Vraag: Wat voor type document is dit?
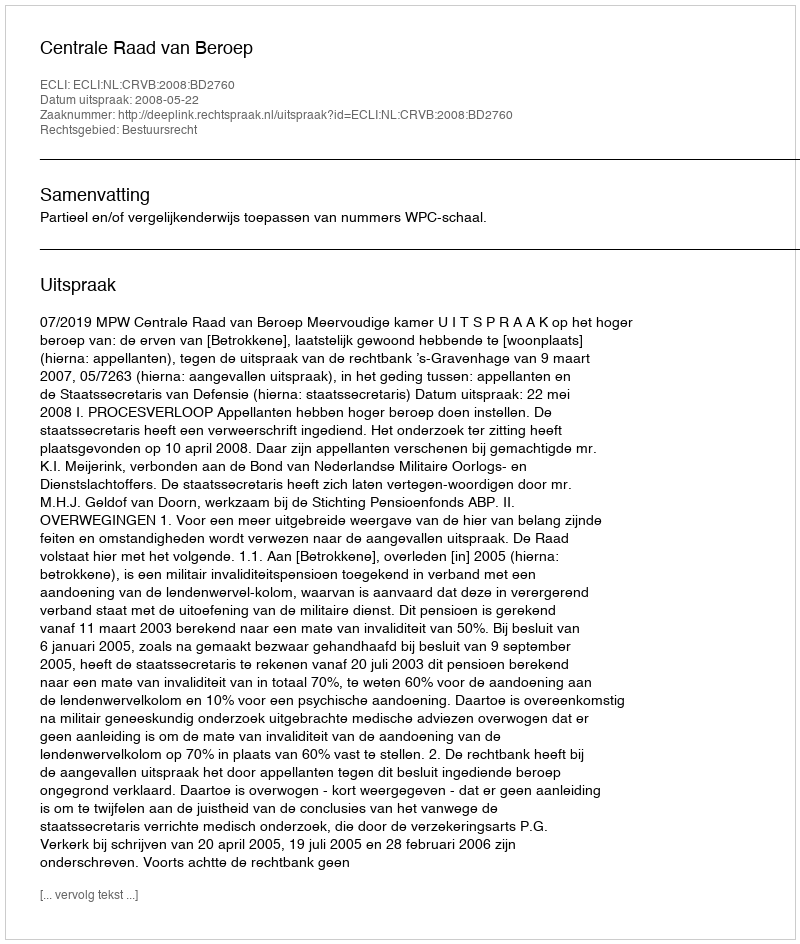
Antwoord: Uitspraak